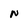
Character: N